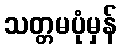
သတ္တမပုံမှန်